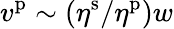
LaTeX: v^{\mathrm{p}}\sim\left(\eta^{\mathrm{s}}/\eta^{\mathrm{p}}\right)w